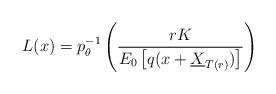
LaTeX: \begin{align*}L(x)=p_{\theta}^{-1}\left( \frac{rK}{E_0\left[q(x+\underline{X}_{T(r)})\right]} \right) \end{align*}